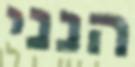
הנני